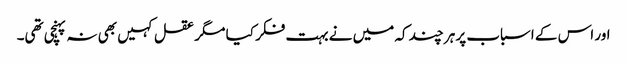
اور اس کے اسباب پر ہر چند کہ میں نے بہت فکر کیا مگر عقل کہیں بھی نہ پہنچی تھی۔